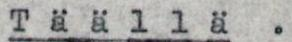
Täällä.